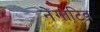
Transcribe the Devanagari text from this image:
नेगाटिव